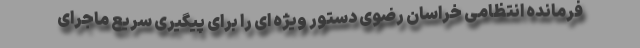
فرمانده انتظامی خراسان رضوی دستور ویژه ای را برای پیگیری سریع ماجرای